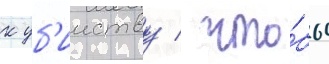
к уб'ииству / что́бы